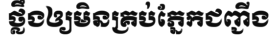
ថ្លឹងឲ្យមិនគ្រប់ភ្នែកជញ្ជីង